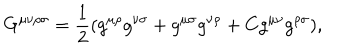
LaTeX: G ^ { \mu \nu \rho \sigma } = { { \frac { 1 } { 2 } } } ( g ^ { \mu \rho } g ^ { \nu \sigma } + g ^ { \mu \sigma } g ^ { \nu \rho } + C g ^ { \mu \nu } g ^ { \rho \sigma } ) ,